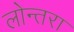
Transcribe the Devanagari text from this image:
लोन्तरा